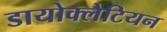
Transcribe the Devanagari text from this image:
डायोक्लेटियन